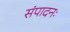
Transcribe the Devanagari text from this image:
संपादनः